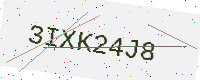
Text: 3IXK24J8